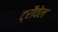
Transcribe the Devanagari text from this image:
ट्रौवेल